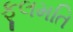
ફૂલમતિ